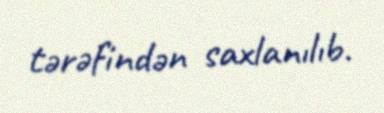
tərəfindən saxlanılıb.